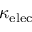
\kappa _ { \mathrm { e l e c } }